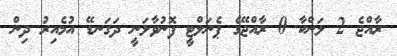
ރާއްޖެ 2 ލަންކާ 0 ރާއްޖޭގެ ޕެނަލްޓީ ފޮނުވާލަނީ ދަގަނޑޭ އުމެއިރު ދިން